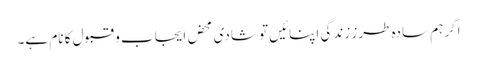
اگر ہم سادہ طرز زندگی اپنائیں تو شادی محض ایجاب و قبول کا نام ہے۔